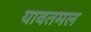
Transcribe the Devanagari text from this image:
यावतमल